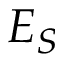
E _ { S }